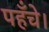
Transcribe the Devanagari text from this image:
पहँचे।